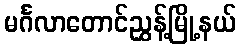
မင်္ဂလာတောင်ညွှန့်မြို့နယ်